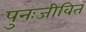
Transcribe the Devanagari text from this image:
पुनःजीवित